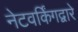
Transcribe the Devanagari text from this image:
नेटवर्किंगद्वारे